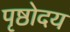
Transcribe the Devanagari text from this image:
पृष्ठोदय